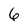
Character: 6